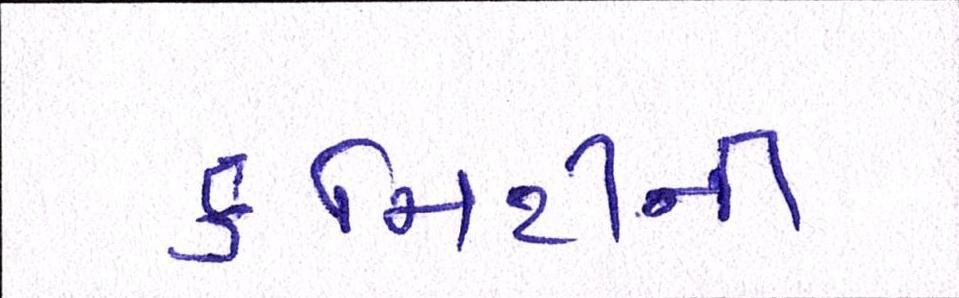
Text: કમિટીની